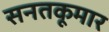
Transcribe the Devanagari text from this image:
सनतकूमार